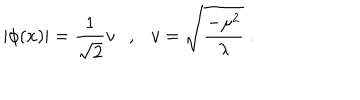
| \phi ( x ) | = \frac { 1 } { \sqrt { 2 } } v \ \ \ , \ \ \ v = \sqrt { \frac { - \mu ^ { 2 } } { \lambda } } \ .